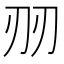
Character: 𱐔